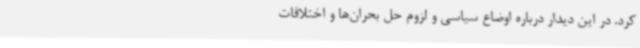
کرد. در این دیدار درباره اوضاع سیاسی و لزوم حل بحران‌ها و اختلافات